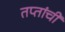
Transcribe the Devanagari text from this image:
तप्तांची